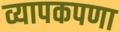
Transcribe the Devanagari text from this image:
व्यापकपणा